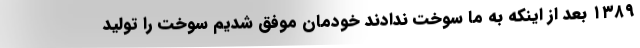
۱۳۸۹ بعد از اینکه به ما سوخت ندادند خودمان موفق شدیم سوخت را تولید